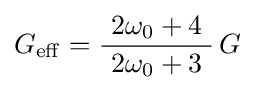
G_{\mathrm {eff} }={\frac {2\omega _{0}+4}{~2\omega _{0}+3~}}\,G~